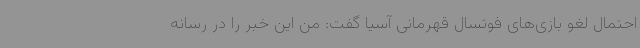
احتمال لغو بازی‌های فوتسال قهرمانی آسیا گفت: من این خبر را در رسانه